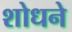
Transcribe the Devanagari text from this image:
शोधने